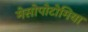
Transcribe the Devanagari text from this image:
मेसोपोटोमिया